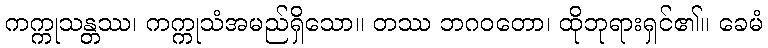
ကက္ကုသန္တဿ၊ ကက္ကုသံအမည်ရှိသော။ တဿ ဘဂဝတော၊ ထိုဘုရားရှင်၏။ ခေမံ